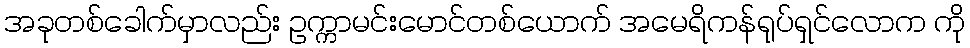
အခုတစ်ခေါက်မှာလည်း ဥက္ကာမင်းမောင်တစ်ယောက် အမေရိကန်ရုပ်ရှင်လောက ကို